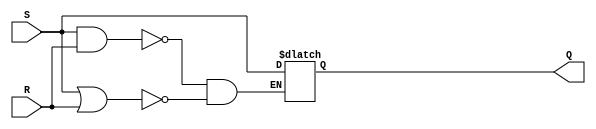
module sr_nor_latch (input S, input R, output reg Q);
    always @(S, R) 
        if (S && R) Q <= 1'bx;
        else if(S || R) Q <= S;
endmodule